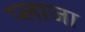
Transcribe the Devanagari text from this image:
प्‍लाजा